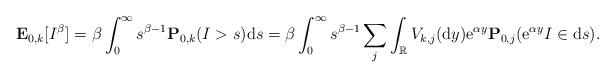
LaTeX: \begin{align*} \mathbf{E}_{0,k}[I^{\beta}]= \beta \int_0^{\infty} s^{\beta -1} \mathbf{P}_{0,k}(I>s){\rm d}s= \beta \int_0^{\infty} s^{\beta -1} \sum_j \int_{\mathbb{R}} V_{k,j}({\rm d}y){\rm e}^{\alpha y}\mathbf{P}_{0,j}({\rm e}^{\alpha y}I \in {\rm d}s). \end{align*}